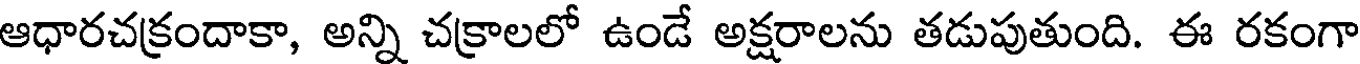
ఆధారచక్రందాకా, అన్ని చక్రాలలో ఉండే అక్షరాలను తడుపుతుంది. ఈ రకంగా